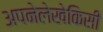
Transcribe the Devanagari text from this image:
अपनेलेखेकिसी